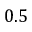
0 . 5